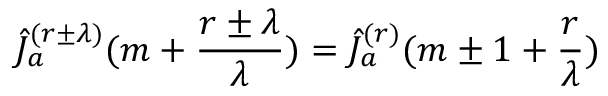
\hat { J } _ { a } ^ { ( r \pm \lambda ) } ( m + \frac { r \pm \lambda } { \lambda } ) = \hat { J } _ { a } ^ { ( r ) } ( m \pm 1 + \frac { r } { \lambda } )